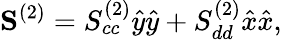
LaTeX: \mathbf{S}^{(2)}=S_{cc}^{(2)}\hat{y}\hat{y}+S_{dd}^{(2)}\hat{x}\hat{x},